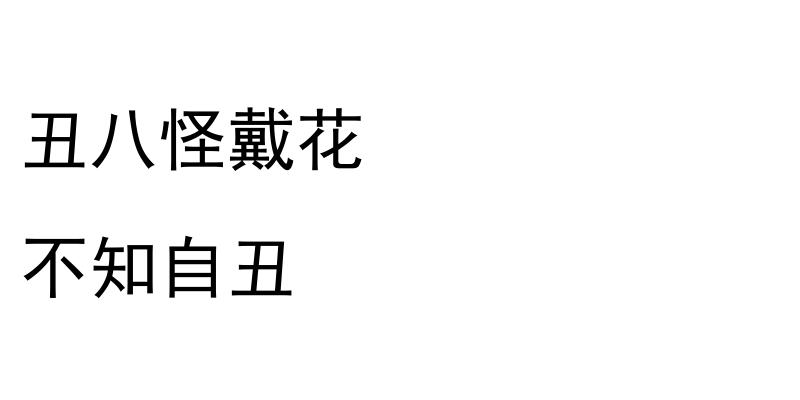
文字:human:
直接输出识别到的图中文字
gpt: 丑八怪戴花 不知自丑